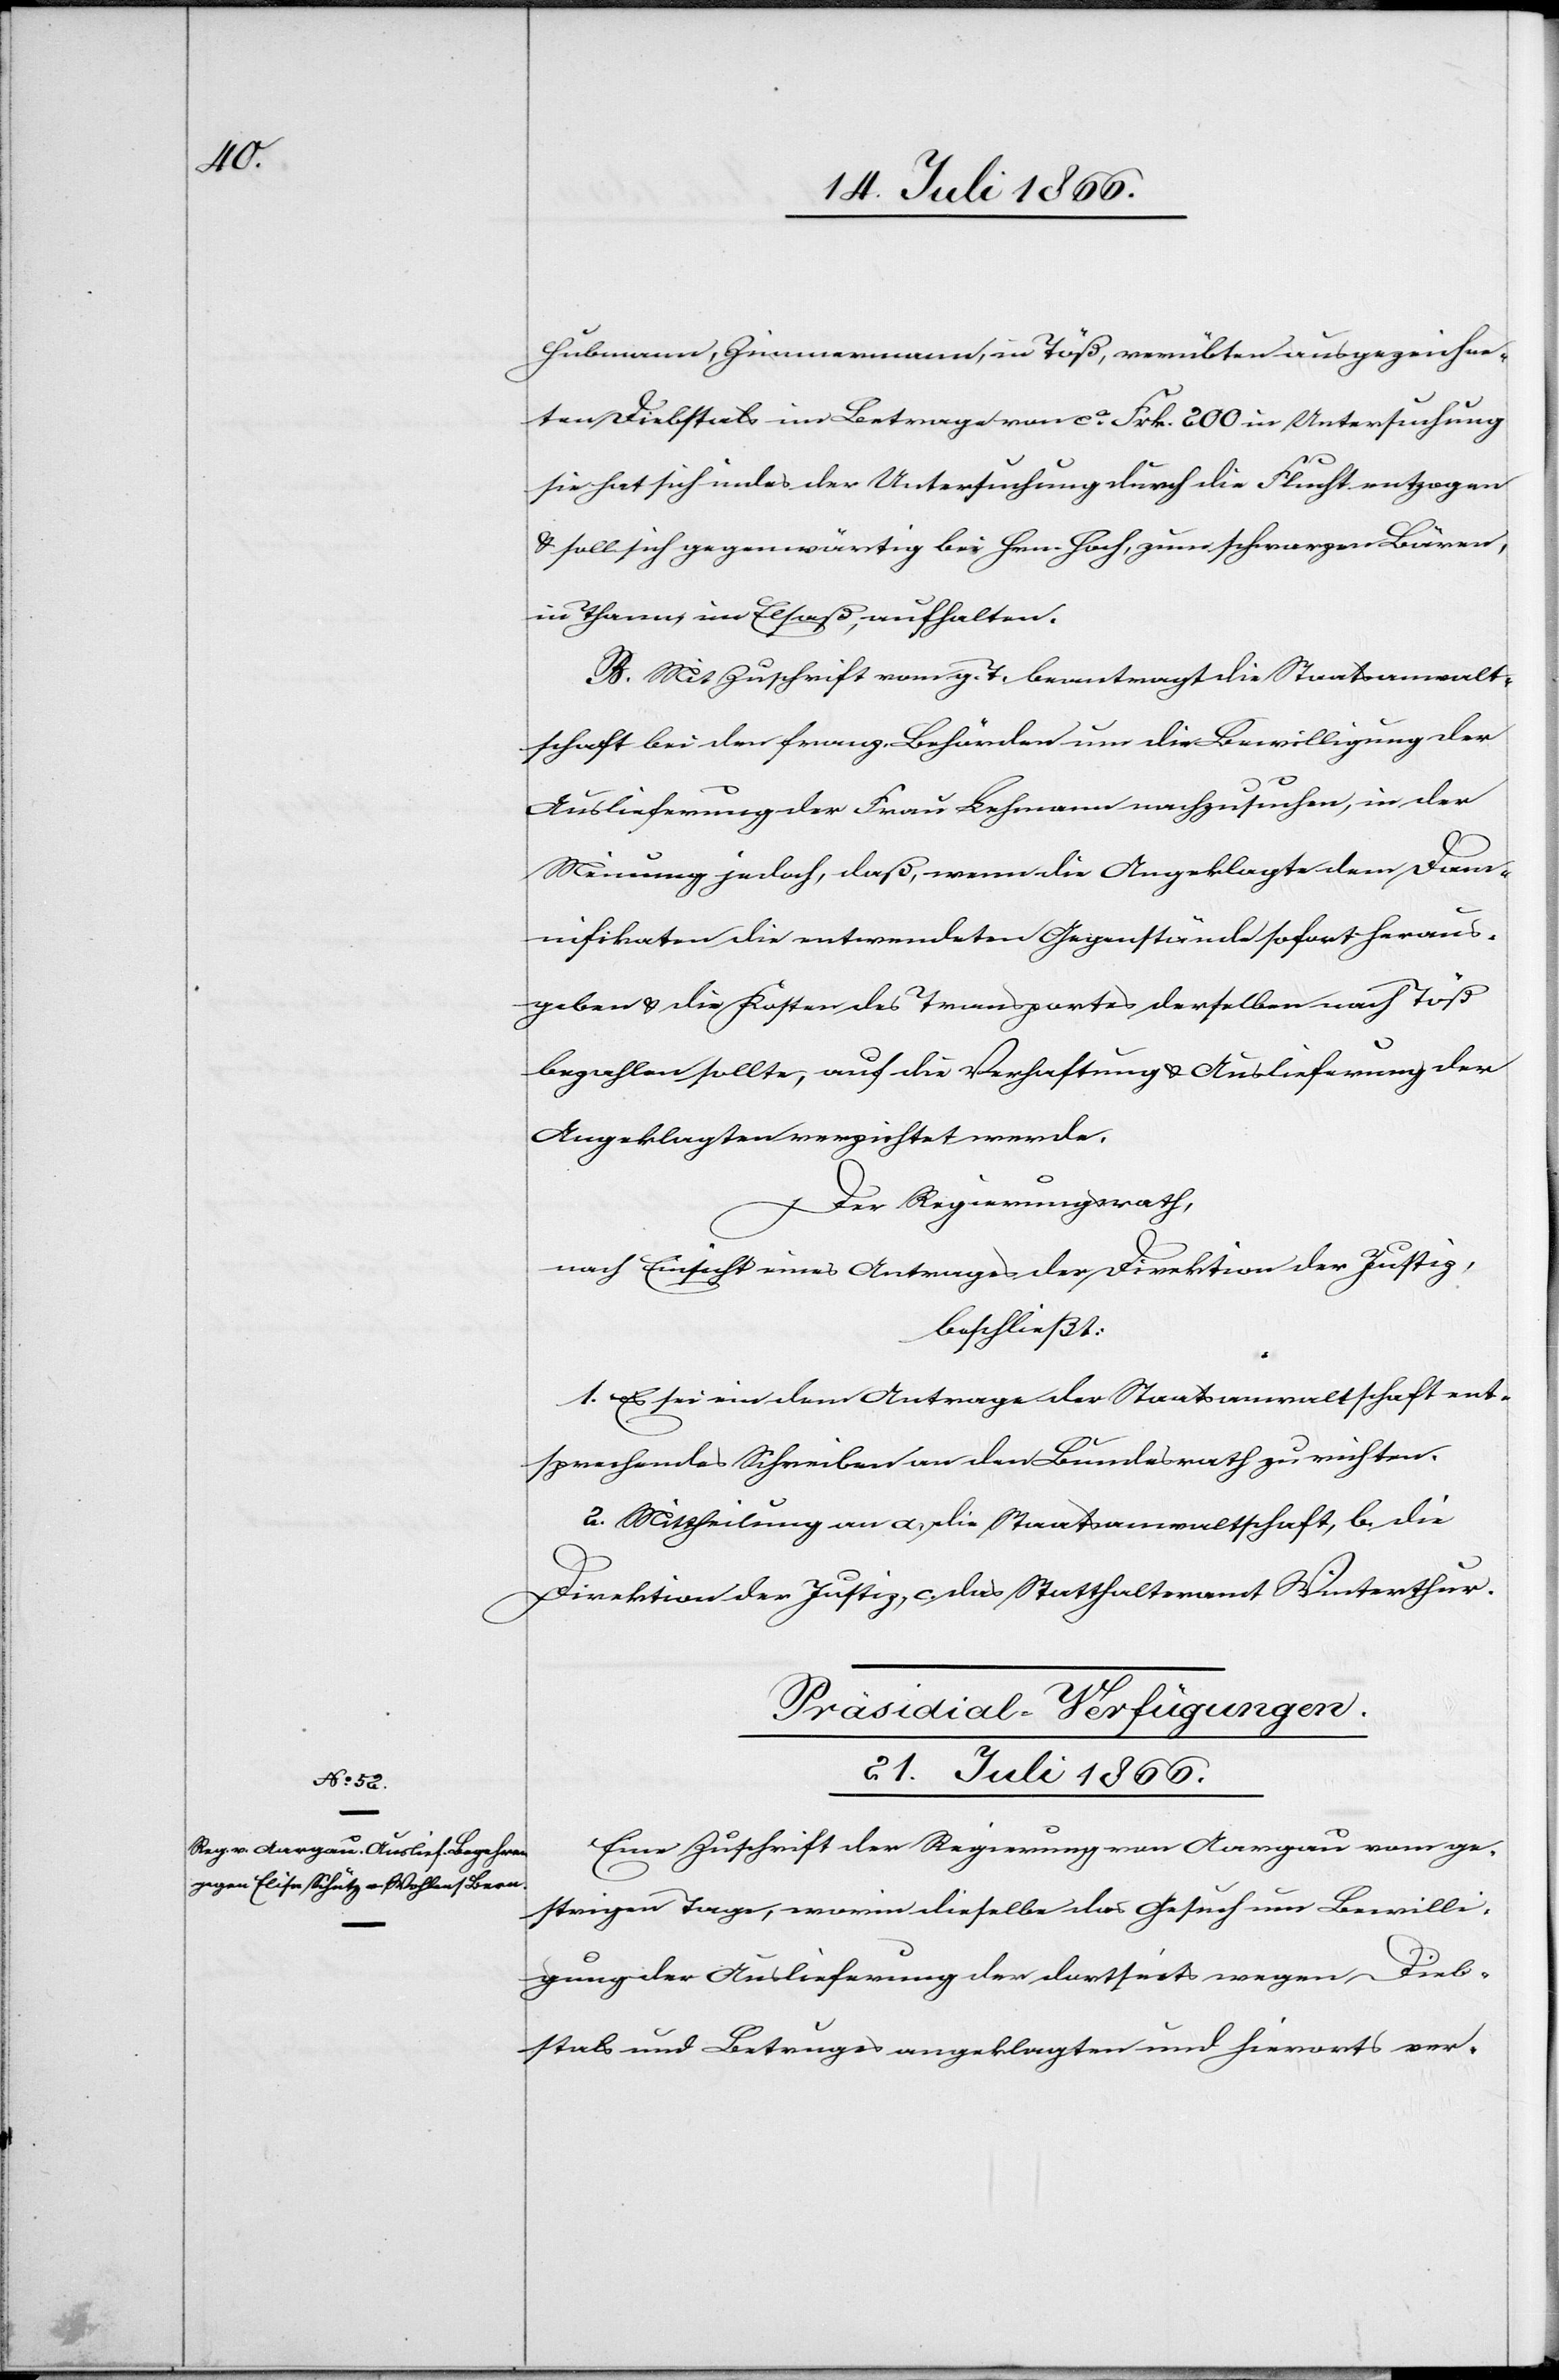
Hubmann, Zimmermann, in Töß, verübten ausgezeichne¬
ten Diebstals im Betrage von ca. Frk. 200 in Untersuchung[,]
sie hat sich indes der Untersuchung durch die Flucht entzogen
u. soll sich gegenwärtig bei Hrn. Hoch, zum schwarzen Bären,
in Thorm, im Elsaß, aufhalten.
B. Mit Zuschrift vom g. T. beantragt die Staatsanwalt¬
schaft bei den franz. Behörden um die Bewilligung der
Auslieferung der Frau Lehmann nachzusuchen, in der
Meinung jedoch, daß, wenn die Angeklagte dem Dam¬
nifikaten die entwendeten Gegenstände sofort heraus¬
geben u. die Kosten des Transportes derselben nach Töß
bezahlen sollte, auf die Verhaftung u. Auslieferung der
Angeklagten verzichtet werde.
Der Regierungsrath,
nach Einsicht eines Antrages der Direktion der Justiz,
beschließt:
1. Es sei ein dem Antrage der Staatsanwaltschaft ent¬
sprechendes Schreiben an den Bundesrath zu richten.
2. Mittheilung an a. die Staatsanwaltschaft, b. die
Direktion der Justiz, c. das Statthalteramt Winterthur.
Präsidial-Verfügungen.
21. Juli 1866.
Eine Zuschrift der Regierung von Aargau vom ge¬
strigen Tage, worin dieselbe das Gesuch um Bewilli¬
gung der Auslieferung der dortseits wegen Dieb¬
stals und Betruges angeklagten und hierorts ver-